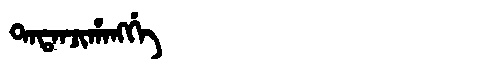
Manchu: ᡨᠠᡨᠠᠨᠵᡳᡥᠠᠩᡤᡝ
Romanization: TATANJIHANGGE